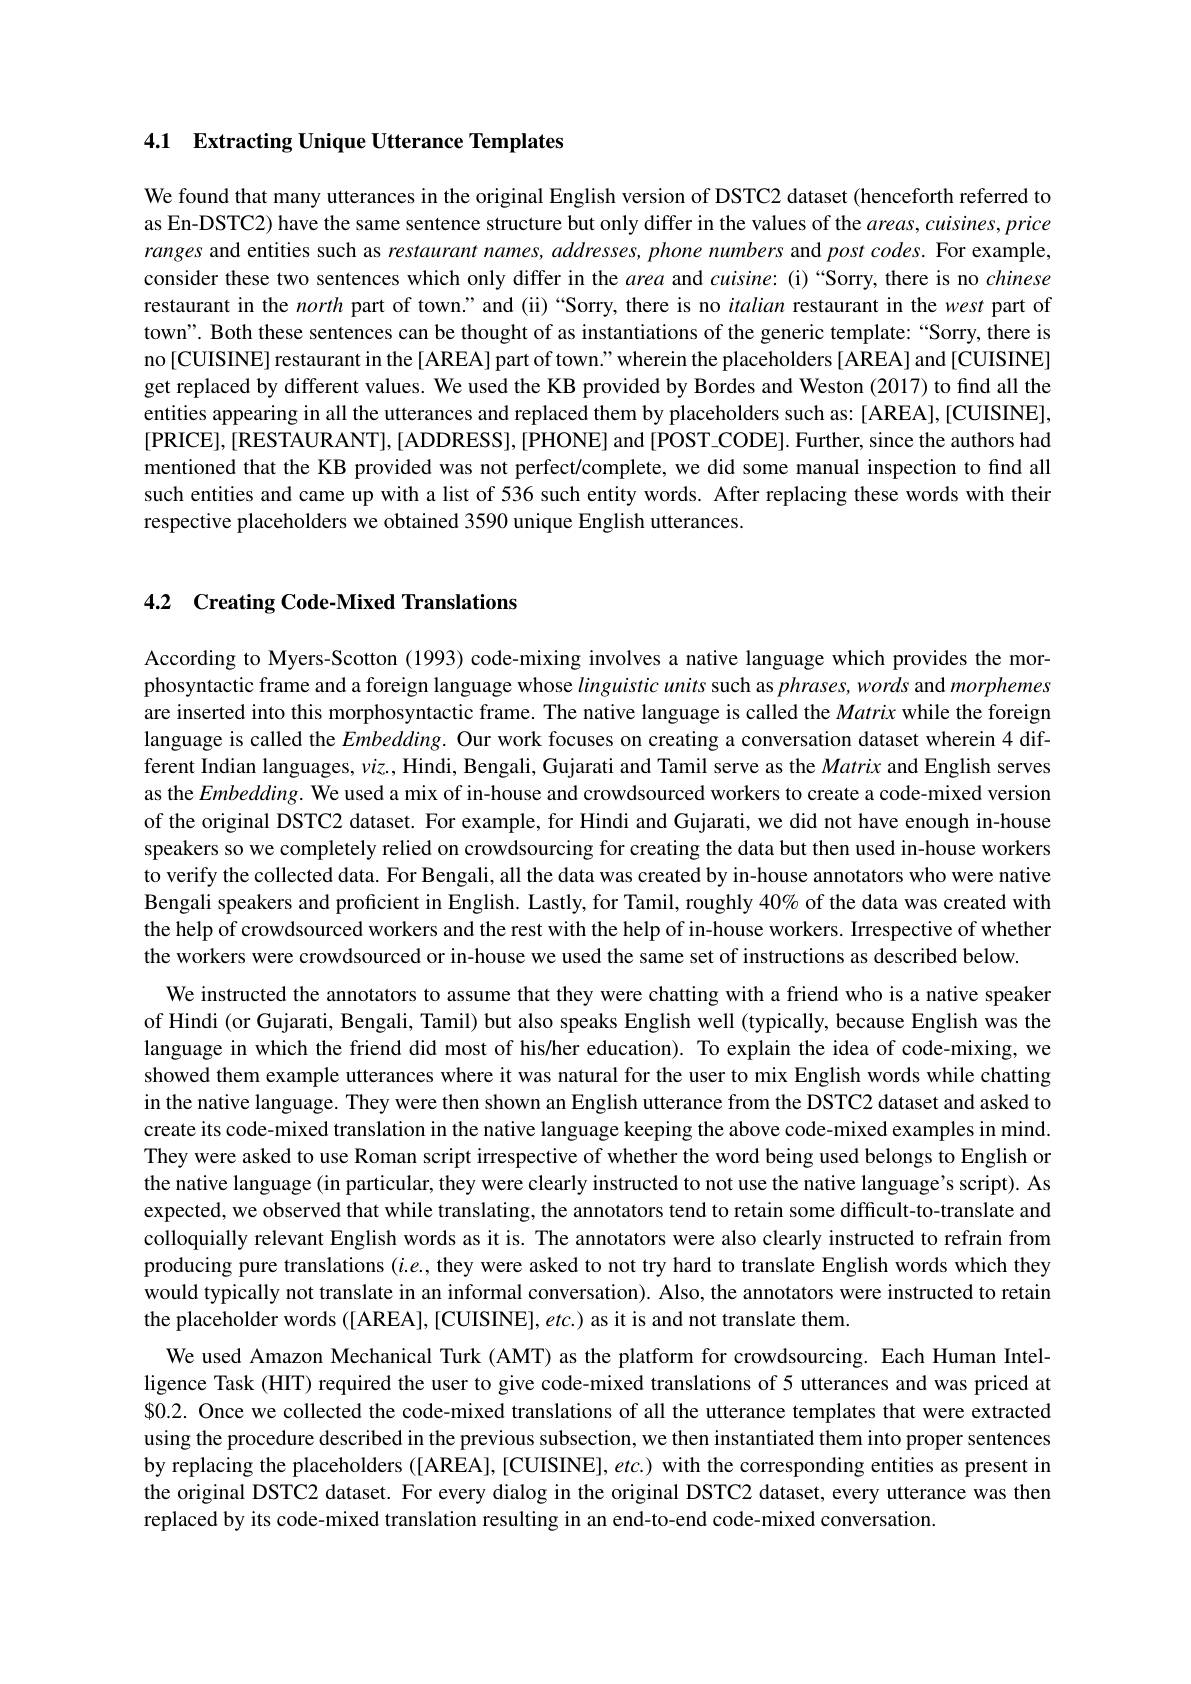
## 4.1 Extracting Unique Utterance Templates

We found that many utterances in the original English version of DSTC2 dataset (henceforth referred to as En-DSTC2) have the same sentence structure but only differ in the values of the $areas,cuisines,price$ ranges and entities such as restaurant names, addresses, phone numbers and post codes. For example, consider these two sentences which only differ in the area and cuisine: (i)“Sorry, there is no chinese restaurant in the north part of town." and (ii)“Sorry, there is no italian restaurant in the west part of town". Both these sentences can be thought of as instantiations of the generic template: “Sorry, there is no [CUISINE] restaurant in the [AREA] part of town." wherein the placeholders [AREA] and [CUISINE] get replaced by different values. We used the KB provided by Bordes and Weston (2017) to find all the entities appearing in all the utterances and replaced them by placeholders such as: [AREA],[CUISINE], [PRICE],[RESTAURANT],[ADDRESS],[PHONE] and [POST-CODE]. Further, since the authors had mentioned that the KB provided was not perfect/complete, we did some manual inspection to find all such entities and came up with a list of 536 such entity words. After replacing these words with their respective placeholders we obtained 3590 unique English utterances.

## 4.2 Creating Code-Mixed Translations

According to Myers-Scotton (1993) code-mixing involves a native language which provides the morphosyntactic frame and a foreign language whose linguistic units such as $phrases,words$ and morphemes are inserted into this morphosyntactic frame. The native language is called the Matrix while the foreign language is called the $Embedding.$ Our work focuses on creating a conversation dataset wherein 4 different Indian languages, $viz.$, Hindi, Bengali, Gujarati and Tamil serve as the Matrix and English serves as the $Embedding.$ We used a mix of in-house and crowdsourced workers to create a code-mixed version of the original DSTC2 dataset. For example, for Hindi and Gujarati, we did not have enough in-house speakers so we completely relied on crowdsourcing for creating the data but then used in-house workers to verify the collected data. For Bengali, all the data was created by in-house annotators who were native Bengali speakers and proficient in English. Lastly, for Tamil, roughly $40\%$ of the data was created with the help of crowdsourced workers and the rest with the help of in-house workers. Irrespective of whether the workers were crowdsourced or in-house we used the same set of instructions as described below.

We instructed the annotators to assume that they were chatting with a friend who is a native speaker of Hindi (or Gujarati, Bengali, Tamil) but also speaks English well (typically, because English was the language in which the friend did most of his/her education). To explain the idea of code-mixing, we showed them example utterances where it was natural for the user to mix English words while chatting in the native language. They were then shown an English utterance from the DSTC2 dataset and asked to create its code-mixed translation in the native language keeping the above code-mixed examples in mind. They were asked to use Roman script irrespective of whether the word being used belongs to English or the native language (in particular, they were clearly instructed to not use the native language's script). As expected, we observed that while translating, the annotators tend to retain some difficult-to-translate and colloquially relevant English words as it is. The annotators were also clearly instructed to refrain from producing pure translations $(i.e.$, they were asked to not try hard to translate English words which they would typically not translate in an informal conversation). Also, the annotators were instructed to retain the placeholder words ([AREA],[CUISINE],etc.) as it is and not translate them.
We used Amazon Mechanical Turk (AMT) as the platform for crowdsourcing. Each Human Intelligence Task (HIT) required the user to give code-mixed translations of 5 utterances and was priced at $0.2. Once we collected the code-mixed translations of all the utterance templates that were extracted using the procedure described in the previous subsection, we then instantiated them into proper sentences by replacing the placeholders ([AREA],[CUISINE], etc.) with the corresponding entities as present in the original DSTC2 dataset. For every dialog in the original DSTC2 dataset, every utterance was then replaced by its code-mixed translation resulting in an end-to-end code-mixed conversation